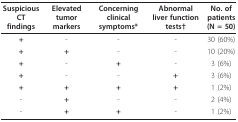
<table><thead><tr><td><b>Suspicious CT findings</b></td><td><b>Elevated tumor markers</b></td><td><b>Concerning clinical symptoms*</b></td><td><b>Abnormal liver function tests†</b></td><td><b>No. of patients(N = 50)</b></td></tr></thead><tbody><tr><td><b>+</b></td><td>-</td><td>-</td><td>-</td><td>30 (60%)</td></tr><tr><td><b>+</b></td><td><b>+</b></td><td>-</td><td>-</td><td>10 (20%)</td></tr><tr><td><b>+</b></td><td>-</td><td><b>+</b></td><td>-</td><td>3 (6%)</td></tr><tr><td><b>+</b></td><td>-</td><td>-</td><td><b>+</b></td><td>3 (6%)</td></tr><tr><td><b>+</b></td><td><b>+</b></td><td><b>+</b></td><td><b>+</b></td><td>1 (2%)</td></tr><tr><td>-</td><td><b>+</b></td><td>-</td><td>-</td><td>2 (4%)</td></tr><tr><td>-</td><td><b>+</b></td><td><b>+</b></td><td>-</td><td>1 (2%)</td></tr></tbody></table>